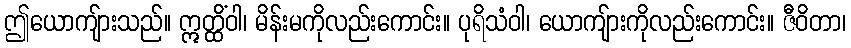
ဤယောကျ်ားသည်။ ဣတ္ထိံဝါ၊ မိန်းမကိုလည်းကောင်း။ ပုရိသံဝါ၊ ယောကျ်ားကိုလည်းကောင်း။ ဇီဝိတာ၊